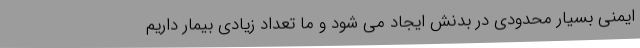
ایمنی بسیار محدودی در بدنش ایجاد می شود و ما تعداد زیادی بیمار داریم